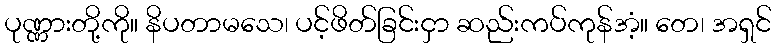
ပုဏ္ဏားတို့ကို။ နိပတာမသေ၊ ပင့်ဖိတ်ခြင်းငှာ ဆည်းကပ်ကုန်အံ့။ တေ၊ အရှင်